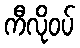
ကီလိုဝပ်